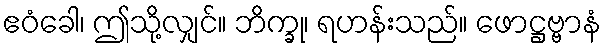
ဧဝံခေါ၊ ဤသို့လျှင်။ ဘိက္ခု၊ ရဟန်းသည်။ ဖောဋ္ဌဗ္ဗာနံ